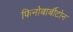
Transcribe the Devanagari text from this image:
फिनोबार्बीटोन